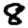
Digit: 8